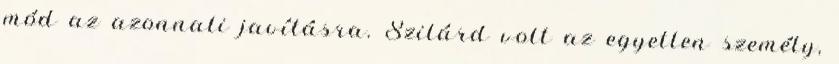
mód az azonnali javításra. Szilárd volt az egyetlen személy,